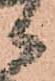
候